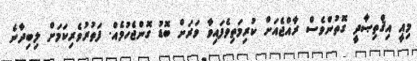
މިއީ އިޤްތިޞާދީ ގޮތުންވެސް ރާއްޖެއަށް ކުރިމަތިވެފައިވާ ވަރަށް ބޮޑު ގޮންޖެހުމެއް. ފަތުރުވެރިކަމަށް ލިބިދާނެ